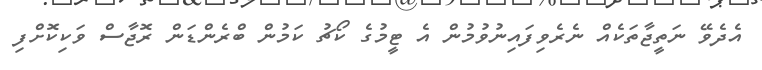
އެދެވޭ ނަތީޖާތަކެއް ނެރެވިފައިނުވުމުން އެ ޓީމުގެ ކޯޗު ކަމުން ބްރެންޑަން ރޮޖާސް ވަކިކޮށްފި